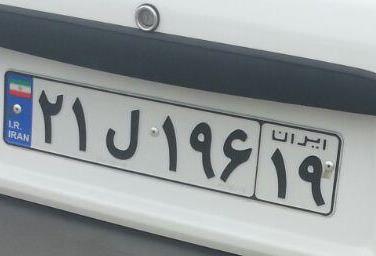
۲۱ل۱۹۶۱۹